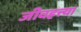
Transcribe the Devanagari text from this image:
जीवहत्त्या